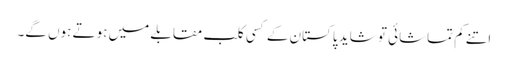
اتنے کم تماشائی تو شاید پاکستان کے کسی کلب مقابلے میں ہوتے ہوں گے۔